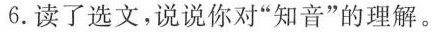
6.读了选文，说说你对“知音”的理解。